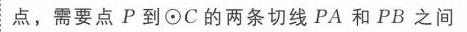
点，需要点\(P\)到\(\odot C\)的两条切线\(PA\)和\(PB\)之间